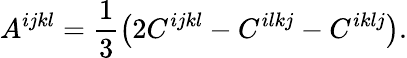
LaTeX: A^{ijkl}=\frac 13\left(2C^{ijkl}-C^{ilkj}-C^{iklj}\right).